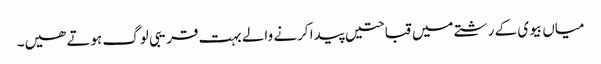
میاں بیوی کے رشتے میں قباحتیں پیدا کرنے والے بہت قریبی لوگ ہوتے ھیں۔